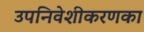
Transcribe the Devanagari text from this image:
उपनिवेशीकरणका